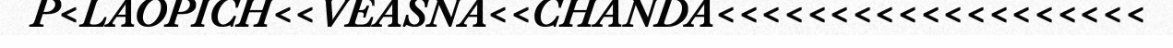
P<LAOPICH<<VEASNA<<CHANDA<<<<<<<<<<<<<<<<<<<